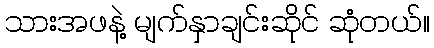
သားအဖနဲ့ မျက်နှာချင်းဆိုင် ဆုံတယ်။